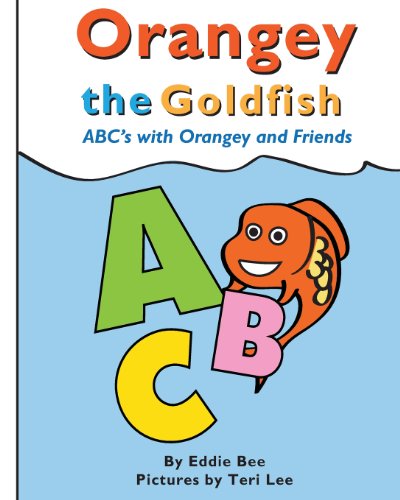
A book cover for Orangey the Goldfish:  ABC's with Orangey and Friends; Eddie Bee; Literature & Fiction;